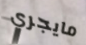
مايجري